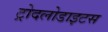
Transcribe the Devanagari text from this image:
ट्रोदलोडाइटस